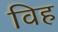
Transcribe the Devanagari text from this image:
विह